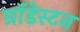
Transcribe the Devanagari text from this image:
ग्रॉंडेस्टन